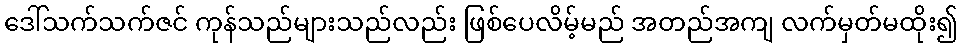
ဒေါ်သက်သက်ဇင် ကုန်သည်များသည်လည်း ဖြစ်ပေလိမ့်မည် အတည်အကျ လက်မှတ်မထိုး၍